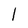
Character: 1